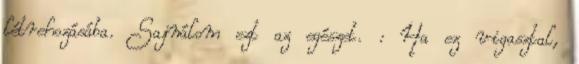
létrehozásába. Sajnálom ezt az egészet. : Ha ez vigasztal,